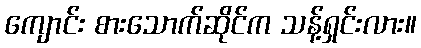
ကျောင်း စားသောက်ဆိုင်က သန့်ရှင်းလား။